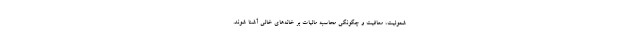
شمولیت، معافیت و چگونگی محاسبه مالیات بر خانه‌های خالی آشنا شوند.